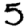
Digit: 5